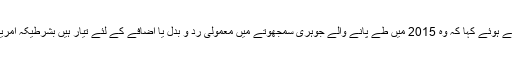
انہوں نے آج صبح میڈیا سے بات کرتے ہوئے کہا کہ وہ 2015 میں طے پانے والے جوہری سمجھوتے میں معمولی رد و بدل یا اضافے کے لئے تیار ہیں بشرطیکہ امریکہ ایران پر اقتصادی پابندیاں اٹھا لے۔